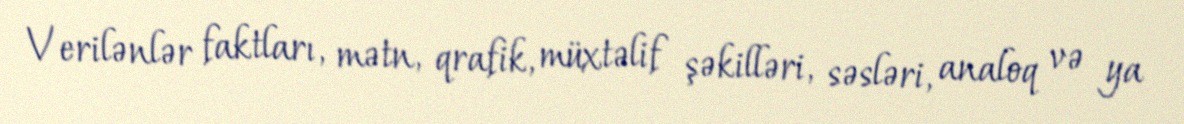
Verilənlər faktları, mətn, qrafik, müxtəlif şəkilləri, səsləri, analoq və ya